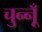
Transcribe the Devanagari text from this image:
चुन्नूँ